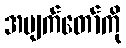
အမျက်တော်ကို